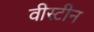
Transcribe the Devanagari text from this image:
वीस्टीन